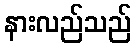
နားလည်သည်